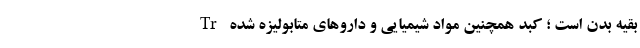
بقیه بدن است ؛ کبد همچنین مواد شیمیایی و داروهای متابولیزه شده Tr